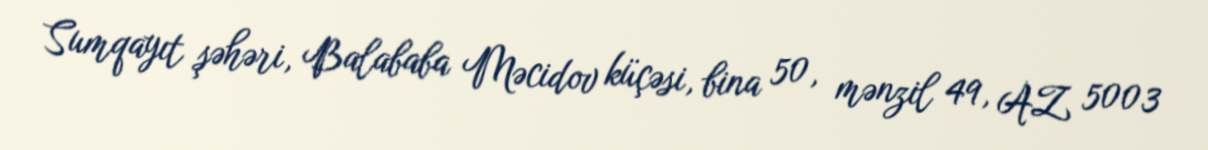
Sumqayıt şəhəri, Balababa Məcidov küçəsi, bina 50, mənzil 49, AZ 5003